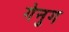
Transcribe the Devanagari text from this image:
गेनुग